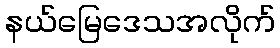
နယ်မြေဒေသအလိုက်